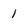
Character: l